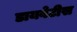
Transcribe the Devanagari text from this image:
डायबेटीस